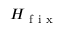
H _ { \mathrm { ~ f ~ i ~ x ~ } }